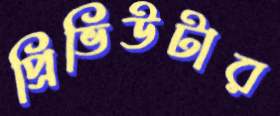
প্রিভিউটার